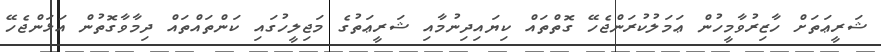
ޝަރީޢަތަށް ހާޒިރުވާމީހުން ޢަމަލުކުރަންޖެހޭ ގޮތްތައް ކިޔައިދިނުމާއި ޝަރީޢަތުގެ މަޖިލީހުގައި ކަންތައްތައް ދިމާވާގޮތުން އަޅަންޖެހޭ